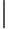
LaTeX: \rvert